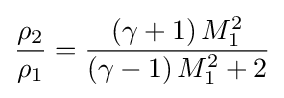
{\frac {\rho _{2}}{\rho _{1}}}={\frac {\left(\gamma +1\right)M_{1}^{2}}{\left(\gamma -1\right)M_{1}^{2}+2}}